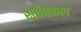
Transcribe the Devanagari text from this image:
सर्वेक्कल